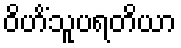
ဝိဟိံသူပရတိယာ